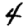
Digit: 4